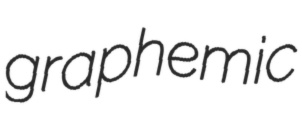
graphemic